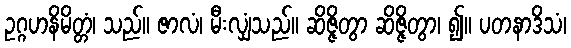
ဥဂ္ဂဟနိမိတ္တံ၊ သည်။ ဇာလံ၊ မီးလျှံသည်။ ဆိဇ္ဇိတွာ ဆိဇ္ဇိတွာ၊ ၍။ ပတနာဒိသံ၊